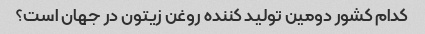
کدام کشور دومین تولید کننده روغن زیتون در جهان است؟